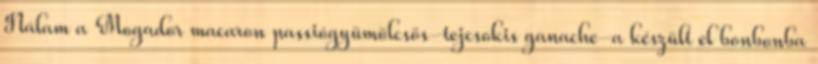
Nálam a Mogador macaron passiógyümölcsös-tejcsokis ganache-a készült el bonbonba